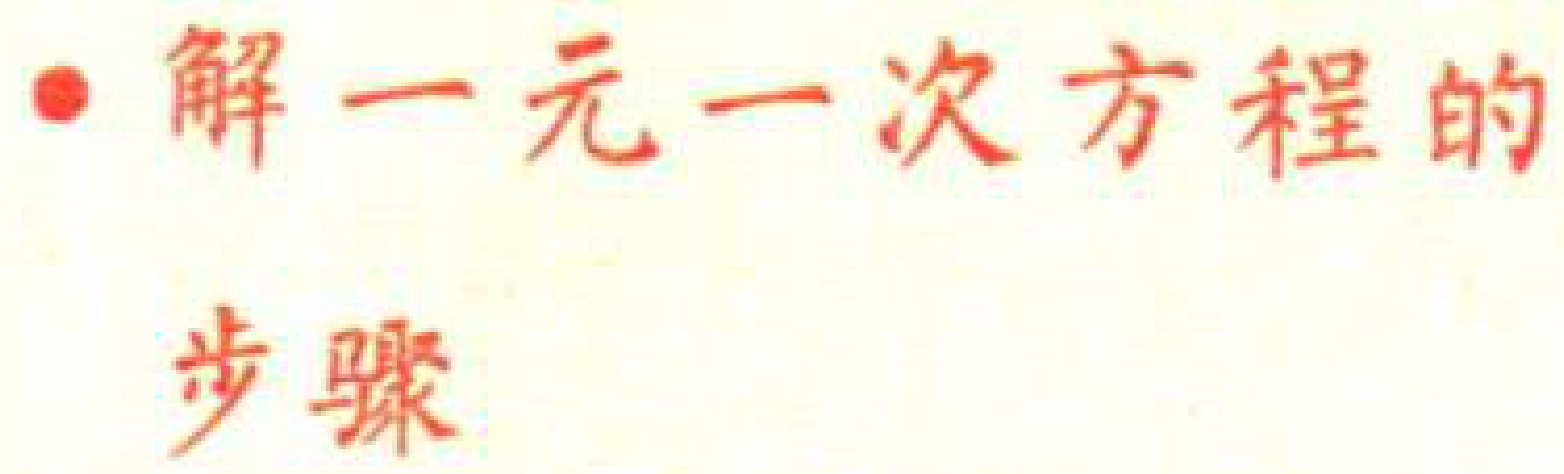
解一元一次方程的步骤